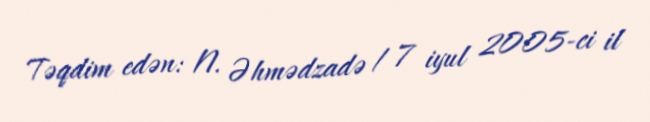
Təqdim edən: N. Əhmədzadə / 7 iyul 2005-ci il